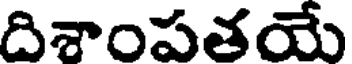
దిశాంపతయే